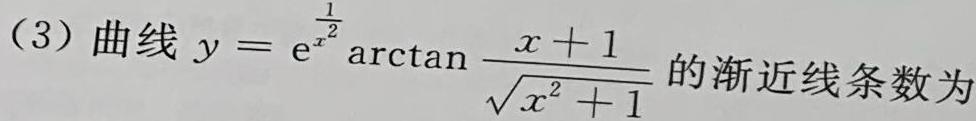
(3) 曲线 $y = \mathrm{e}^{\frac{1}{x^2}}\arctan\frac{x + 1}{\sqrt{x^2 + 1}}$ 的渐近线条数为